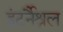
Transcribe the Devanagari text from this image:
इंटर्नैश्नल